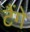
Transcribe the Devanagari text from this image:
टैंगे